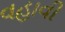
વહાવી